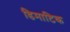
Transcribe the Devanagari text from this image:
डिमाटिक